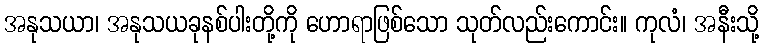
အနုသယာ၊ အနုသယခုနစ်ပါးတို့ကို ဟောရာဖြစ်သော သုတ်လည်းကောင်း။ ကုလံ၊ အနီးသို့